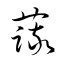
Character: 蔬